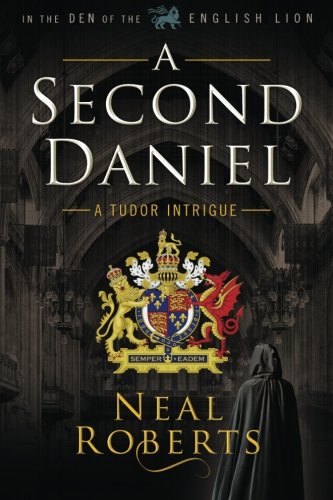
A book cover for A Second Daniel (In the Den of the English Lion) (Volume 1); Neal Roberts; Literature & Fiction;